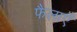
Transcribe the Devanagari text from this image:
फैलाएँ